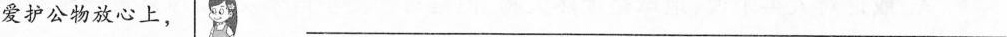
爱护公物放心上，___